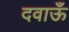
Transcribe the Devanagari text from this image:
दवाऊँ